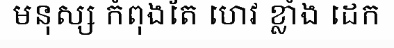
មនុស្ស កំពុងតែ ហេវ ខ្លាំង ដេក